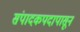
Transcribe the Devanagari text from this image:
संपादकपदापासून